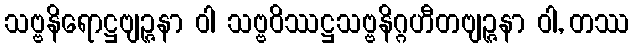
သဗ္ဗနိရောဋ္ဌဗျဉ္ဇနာ ဝါ သဗ္ဗဝိဿဋ္ဌသဗ္ဗနိဂ္ဂဟီတဗျဉ္ဇနာ ဝါ, တဿ